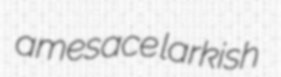
amesace larkish